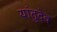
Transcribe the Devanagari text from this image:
यांतुदेव